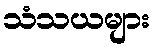
သံသယများ